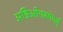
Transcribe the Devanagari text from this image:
अङिओपस्पेर्म्स्